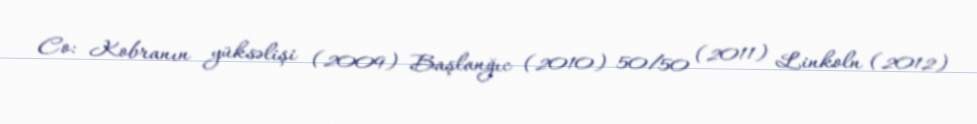
Co: Kobranın yüksəlişi (2009) Başlanğıc (2010) 50/50 (2011) Linkoln (2012)